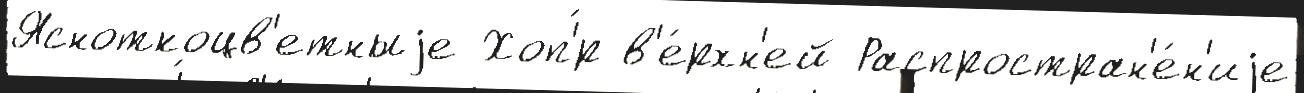
Ясноткоцв'етныjе Хоп'́р в'е́рхн'ей Распростран'е́н'иjе